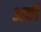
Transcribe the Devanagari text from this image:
अर्वो